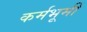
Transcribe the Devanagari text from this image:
कर्मभूमीं